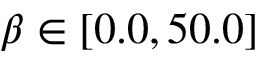
\beta \in \left[ 0 . 0 , 5 0 . 0 \right]